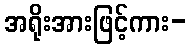
အရိုးအားဖြင့်ကား-